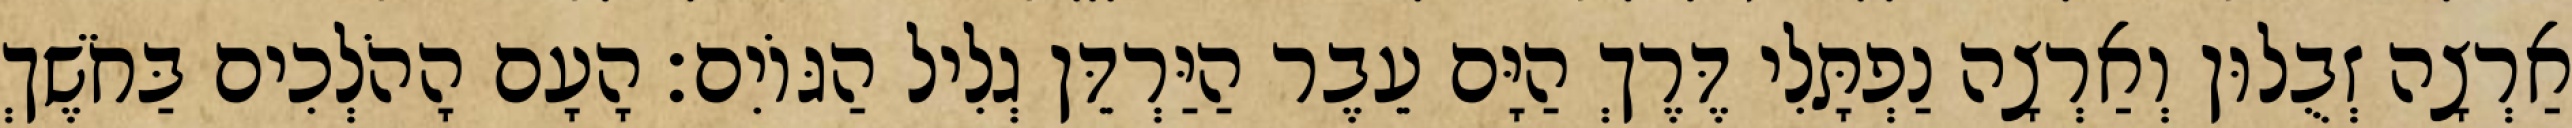
אַרְצָה זְבֻלוּן וְאַרְצָה נַפְתָּלִי דֶּרֶךְ הַיָּם עֵבֶר הַיַּרְדֵּן גְלִיל הַגּוֹיִם׃ הָעָם הָהֹלְכִים בַּחֹשֶׁךְ